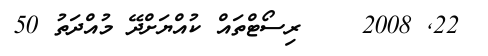
22